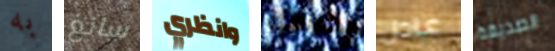
به سانغ وانظري بكرامة عادل الصديقة